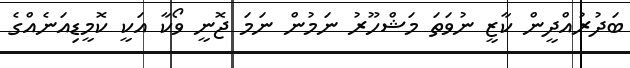
ބަދުރުއްދީން ކާޒީ ނުވަތަ މަޝްހޫރު ނަމުން ނަމަ ޖޮނީ ވޯކާ އަކީ ކޮމީޑިއަނެއްގެ